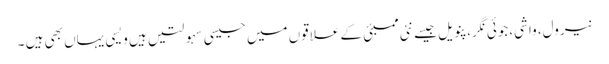
نیرول، واشی،جوئی نگر، پنویل جیسے نئی ممبئی کے علاقوں میں جیسی سہولتیں ہیں ویسی یہاں بھی ہیں ۔